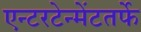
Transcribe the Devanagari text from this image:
एन्टरटेन्मेंटतर्फे